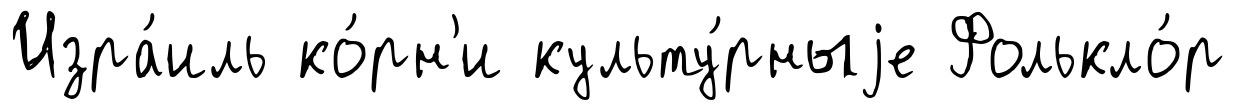
Изра́иль ко́рн'и культу́рныjе Фолькло́р